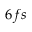
6 f s